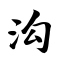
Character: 沟